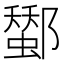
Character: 𨞷